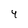
Character: 4